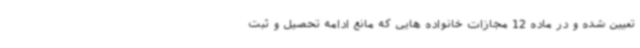
تعیین شده و در ماده 12 مجازات خانواده هایی که مانع ادامه تحصیل و ثبت